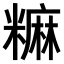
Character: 𫃎